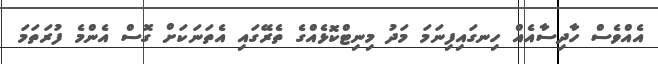
އެއްވެސް ހާދިސާއެއް ހިނގައިފިނަމަ މަދު މިނިޓްކޮޅެއްގެ ތެރޭގައި އެތަނަކަށް ގޮސް އެންމެ ފުރަތަމަ